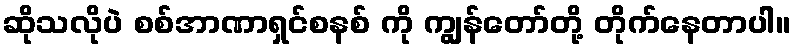
ဆိုသလိုပဲ စစ်အာဏာရှင်စနစ် ကို ကျွန်တော်တို့ တိုက်နေတာပါ။